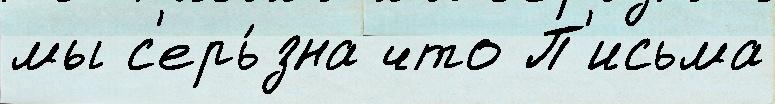
мы с'ерь́зна что П'исьма